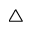
\triangle